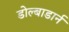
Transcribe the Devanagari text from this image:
डोल्बाडार्न